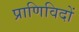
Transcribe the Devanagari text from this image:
प्राणिविदों